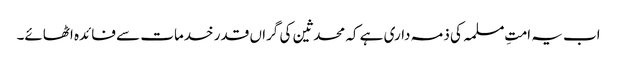
اب یہ امتِ مسلمہ کی ذمہ داری ہے کہ محدثین کی گراں قدر خدمات سے فائدہ اٹھائے۔